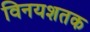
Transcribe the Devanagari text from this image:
विनयशतक